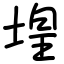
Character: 堭